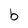
Character: b